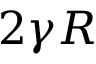
2 \gamma R